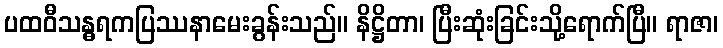
ပထဝီသန္ဓရကပြဿနာမေးခွန်းသည်။ နိဋ္ဌိတာ၊ ပြီးဆုံးခြင်းသို့ရောက်ပြီ။ ရာဇာ၊